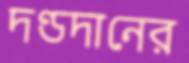
দণ্ডদানের